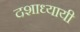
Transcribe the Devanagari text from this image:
दशाध्यायी